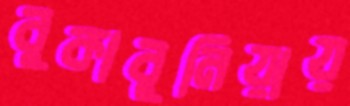
বুকাবুনিয়ায়